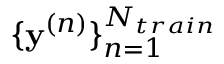
\{ \mathbf { y } ^ { ( n ) } \} _ { n = 1 } ^ { N _ { t r a i n } }